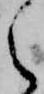
之